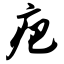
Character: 疤